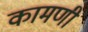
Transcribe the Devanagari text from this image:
कामणी